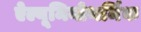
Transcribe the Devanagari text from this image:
ऐल्यूमिनोथर्मिक